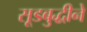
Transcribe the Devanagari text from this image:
सूडबुद्धीने